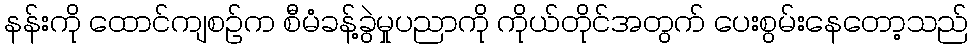
နန်းကို ထောင်ကျစဉ်က စီမံခန့်ခွဲမှုပညာကို ကိုယ်တိုင်အတွက် ပေးစွမ်းနေတော့သည်